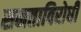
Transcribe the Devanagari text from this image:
समताविरोधी